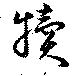
犢